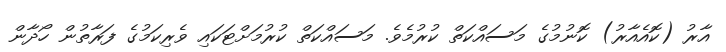
އާރު (ކޮއެއާރު) ކޮނުމުގެ މަސައްކަތް ކުރުމެވެ. މަސައްކަތް ކުރުމަށްޓަކައި ވެރިކަމުގެ ފަރާތުން ހޯދާން